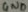
Text: GND